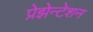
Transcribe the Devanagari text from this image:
प्रेझेन्टेशन